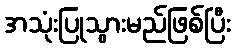
အသုံးပြုသွားမည်ဖြစ်ပြီး